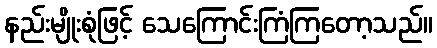
နည်းမျိုးစုံဖြင့် သေကြောင်းကြံကြတော့သည်။